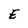
Character: E